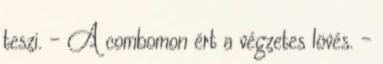
teszi. - A combomon ért a végzetes lövés. -